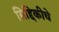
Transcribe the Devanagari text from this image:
सिद्दिकीचे